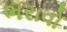
ભરાવો